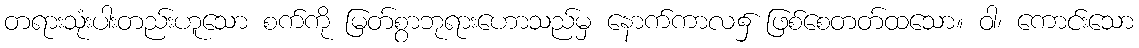
တရားသုံးပါးတည်းဟူသော စက်ကို မြတ်စွာဘုရားဟောသည်မှ နောက်ကာလ၌ ဖြစ်စေတတ်ထသော။ ဝါ၊ ကောင်းသော